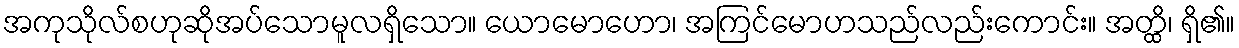
အကုသိုလ်စဟုဆိုအပ်သောမူလရှိသော။ ယောမောဟော၊ အကြင်မောဟသည်လည်းကောင်း။ အတ္ထိ၊ ရှိ၏။